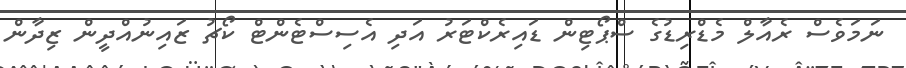
ނަމަވެސް ރެއާލް މެޑްރިޑުގެ ސްޕޯޓިން ޑައިރެކްޓަރު އަދި އެސިސްޓެންޓް ކޯޗު ޒައިނުއްދީން ޒިދާން